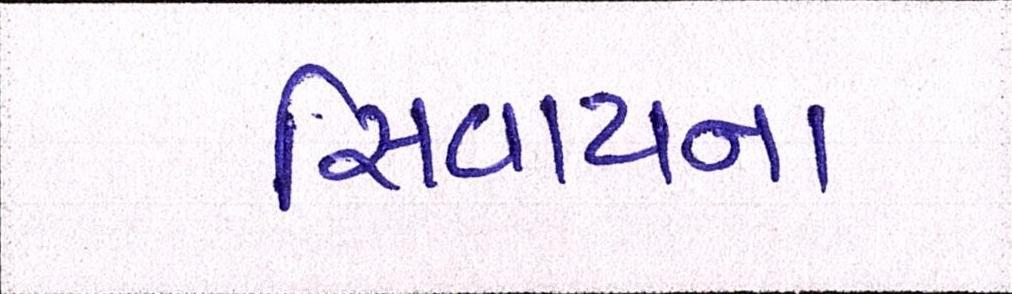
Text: સિવાયના